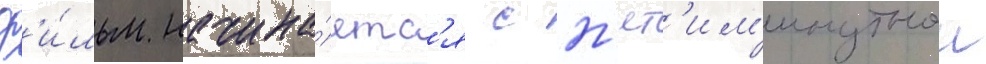
Ф'и́льм начина́етс'я с п'ят'им'инутнои